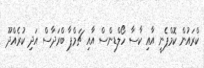
ކްރައުން ކޮމްޕެނީ އާއި ކާސާ ހޯލްޑިންސް އާއި ޗަމްޕާ ބްރަދާސް އަދި ކުރެއްދޫ